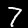
Digit: 7